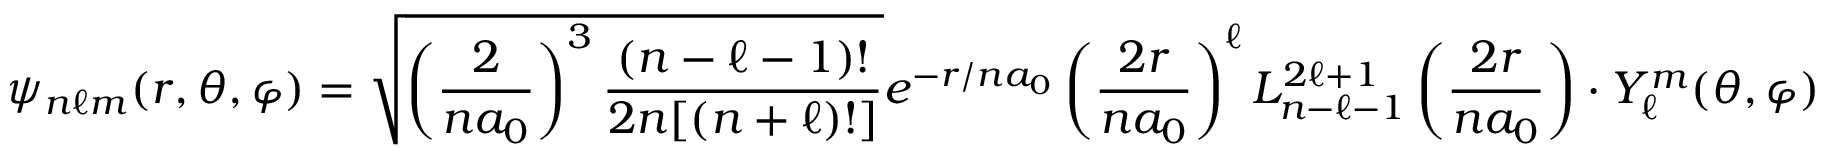
\psi _ { n \ell m } ( r , \theta , \varphi ) = { \sqrt { \left( { \frac { 2 } { n a _ { 0 } } } \right) ^ { 3 } { \frac { ( n - \ell - 1 ) ! } { 2 n [ ( n + \ell ) ! ] } } } } e ^ { - r / n a _ { 0 } } \left( { \frac { 2 r } { n a _ { 0 } } } \right) ^ { \ell } L _ { n - \ell - 1 } ^ { 2 \ell + 1 } \left( { \frac { 2 r } { n a _ { 0 } } } \right) \cdot Y _ { \ell } ^ { m } ( \theta , \varphi )